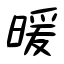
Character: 暖